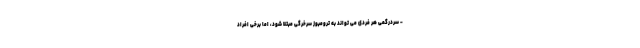
- سردرگمی هر فردی می تواند به ترومبوز سرخرگی مبتلا شود، اما برخی افراد